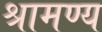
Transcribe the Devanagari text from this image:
श्रामण्य